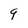
Character: 9